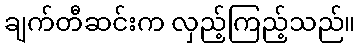
ချက်တီဆင်းက လှည့်ကြည့်သည်။